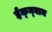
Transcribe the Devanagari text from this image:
ईक्न्बाम